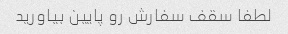
لطفا سقف سفارش رو پایین بیاورید